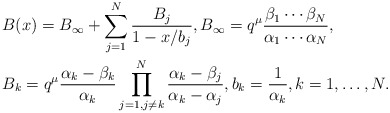
\begin{align*}& B(x)=B_{\infty}+ \sum_{j=1}^N \frac{B_j}{1-x/b_j}, B_{\infty}=q^{\mu}\frac{\beta_1 \cdots \beta_N}{\alpha_1 \cdots \alpha_N},\\& B_k =q^{\mu} \frac{\alpha_k -\beta_k}{\alpha_k} \prod_{j=1, j\neq k}^N \frac{\alpha_k -\beta_j}{\alpha_k - \alpha_j}, b_k=\frac{1}{\alpha_k},k=1, \dots,N.\end{align*}